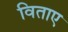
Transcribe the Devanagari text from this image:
विताए